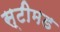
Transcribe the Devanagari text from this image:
स्टीमड